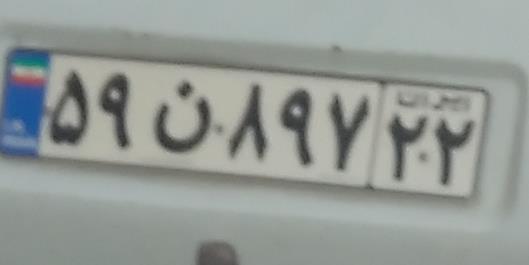
۵۹ن۸۹۷۲۲